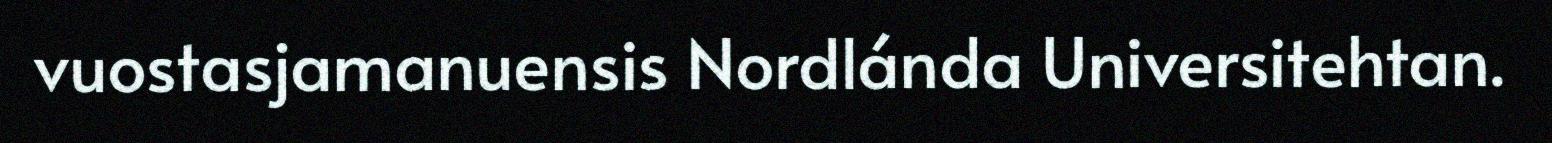
vuostasjamanuensis Nordlánda Universitehtan.